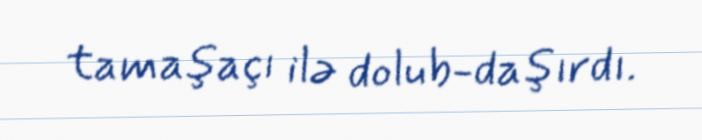
tamaşaçı ilə dolub-daşırdı.